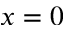
x = 0